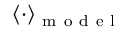
\langle \cdot \rangle _ { \mathrm { ~ m ~ o ~ d ~ e ~ l ~ } }